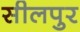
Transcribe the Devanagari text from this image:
सीलपुर